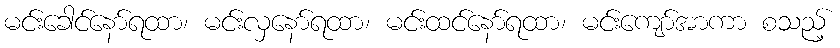
မင်းခေါင်နော်ရထာ၊ မင်းလှနော်ရထာ၊ မင်းထင်နော်ရထာ၊ မင်းကျော်အာကာ စသည့်